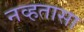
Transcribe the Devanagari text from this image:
नव्हतासा